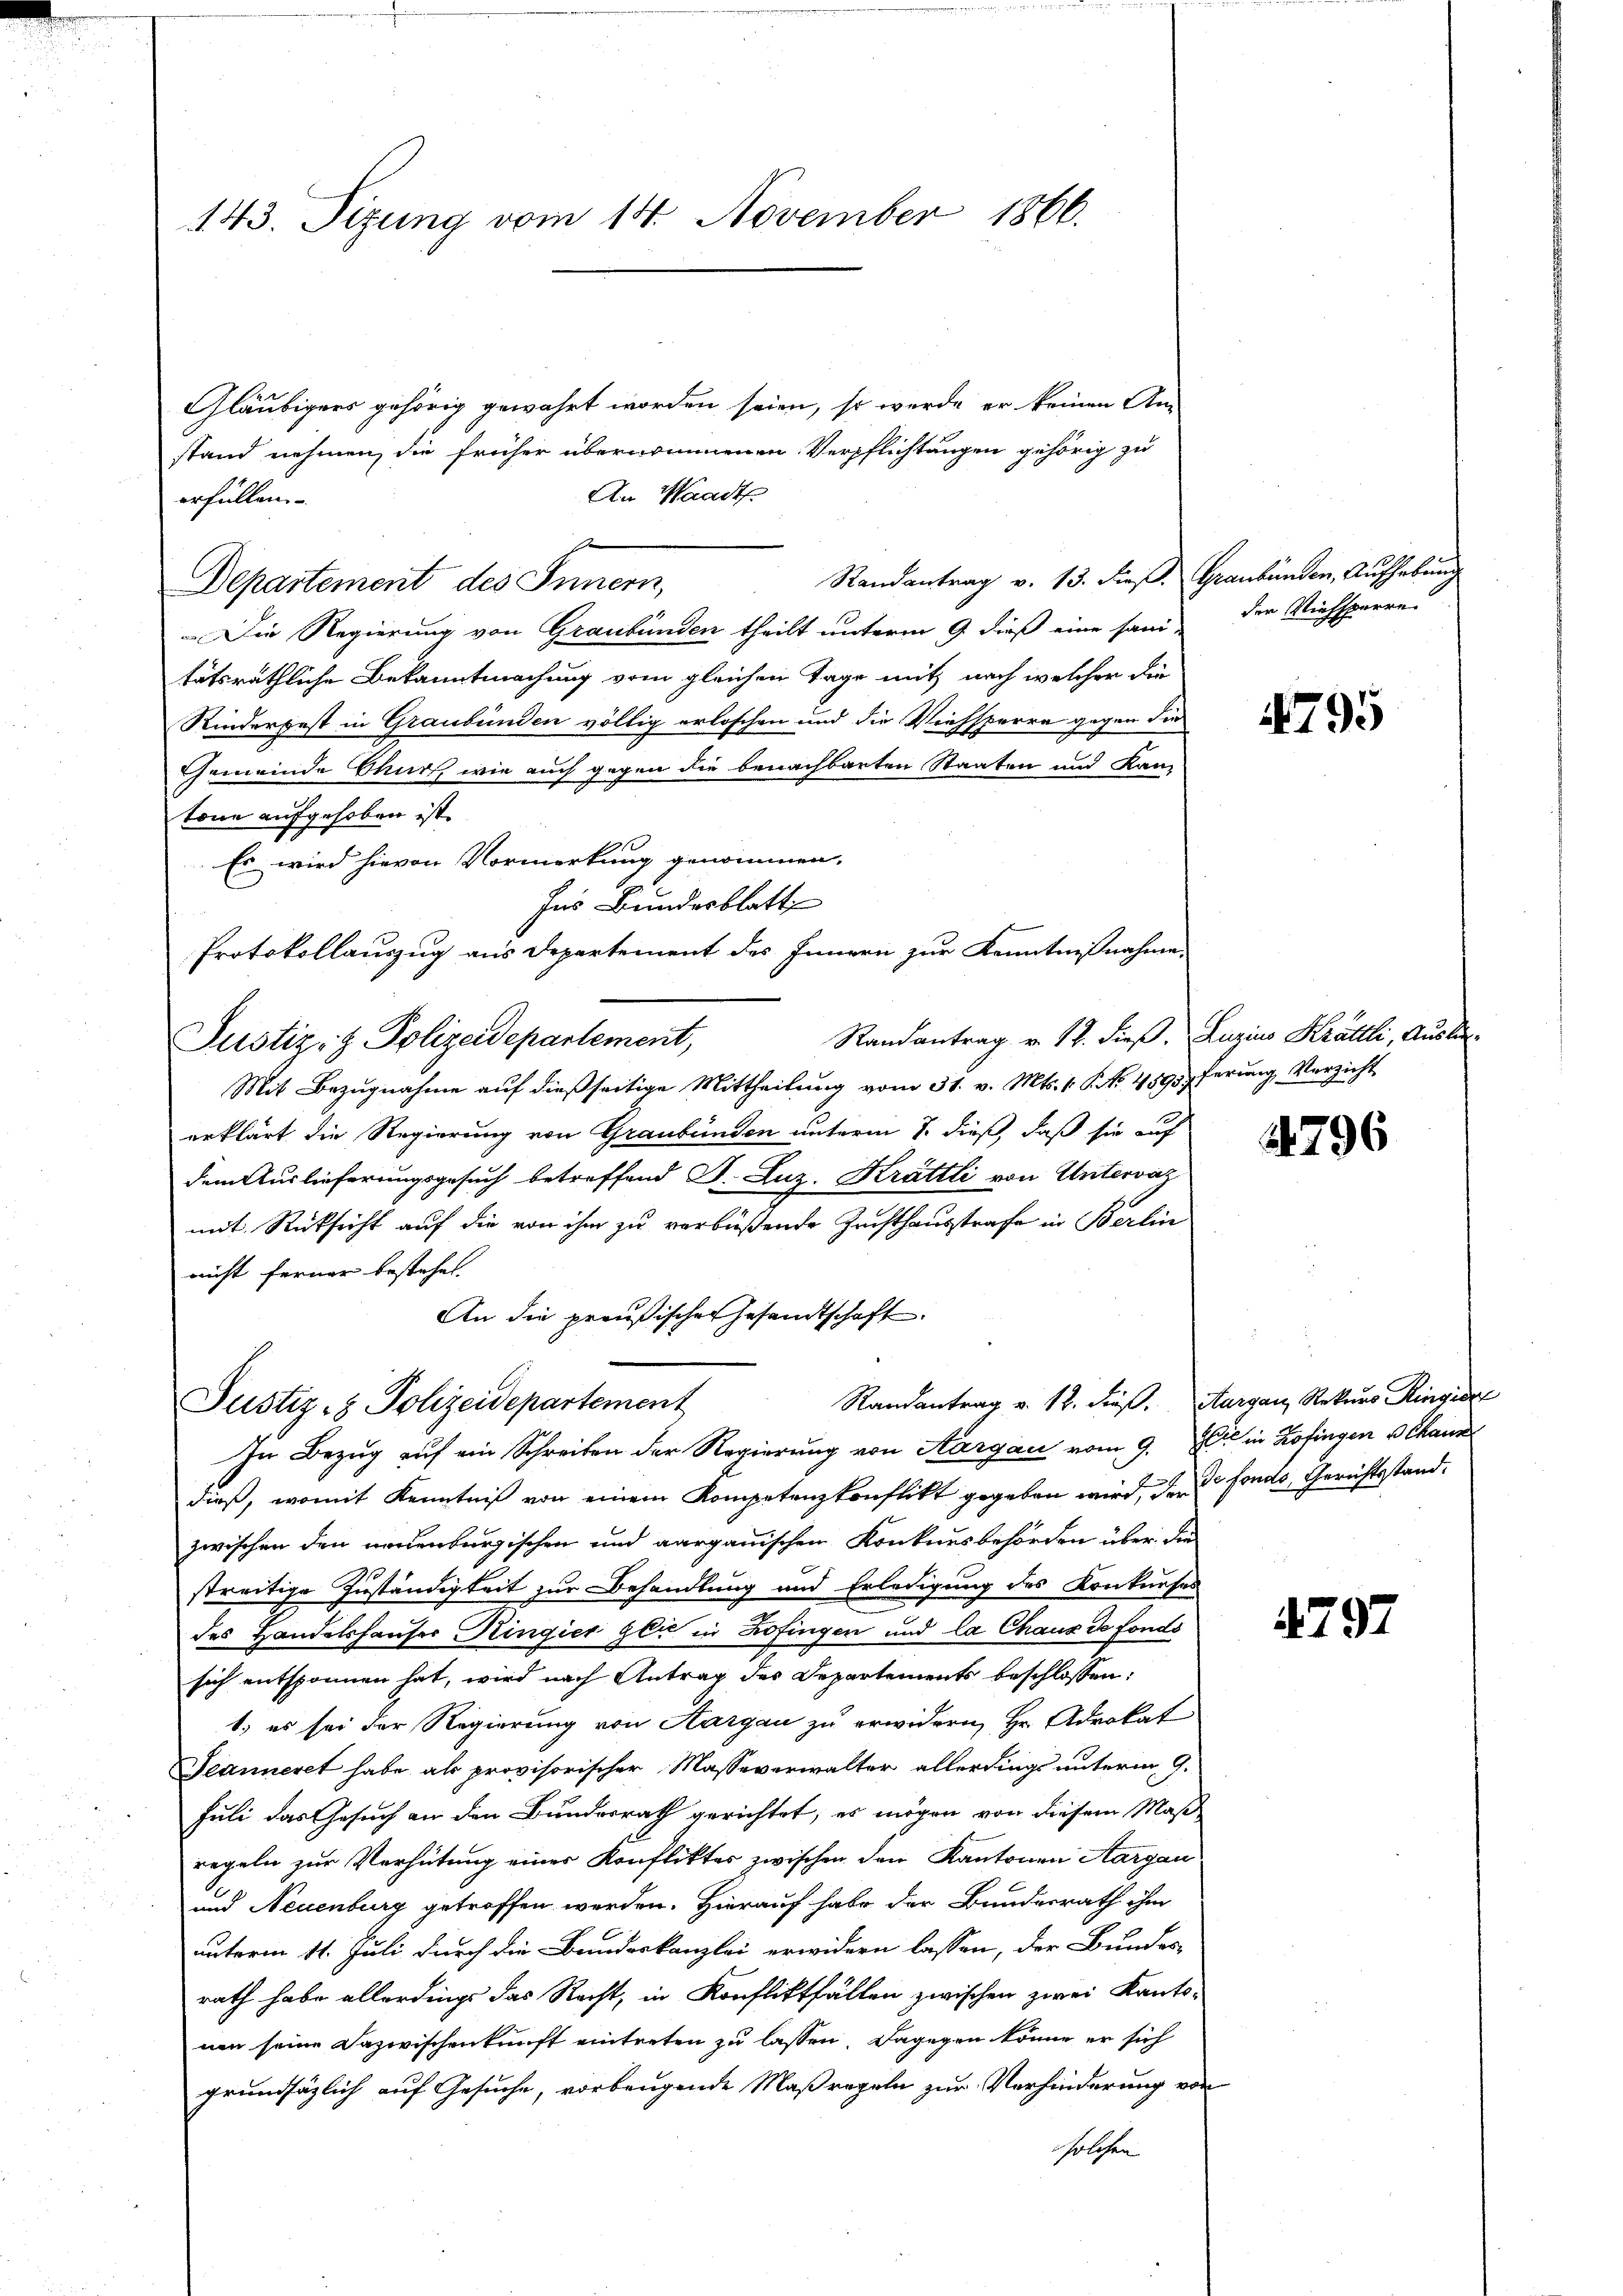
143. Sitzung vom 14. November 1866.

Gläubigers gehörig gewährt worden seien, so werde er keinen Anstand nehmen, die früher übernommenen Verpflichtungen gehörig zu
An Waadt
erfüllen.
Randantrag v. 13. dieß. Graubünden, Aufhebung
Departement des Innern,
Die Regierung von Graubünden theilt unterm 9. dieß eine sanitätsräthliche Bekanntmachung vom gleichen Tage mit nach welcher die
Rinderpest in Graubünden völlig erloschen und die Viehsperre gegen die
Gemeinde Sturz, wie auch gegen die benachbarten Staaten und Kantone aufgehoben ist.
Es wird hievon Vormerkung genommen.
Ins Bundesblatt
Protokollauszug aus Departement des Innern zur Kenntnißnahme.
Randantrag v. 17. dieß. Luzins Krättli, Auslie¬
Justiz- & Polizeidepartement,
Mit Bezugnahme auf dießseitige Mittheilung vom 31. v. Mts. 1 S. No. 489pferung Verzicht
erklärt die Regierung von Graubünden unterm 8. dieß, daß sie auf
dem Auslieferungsgesuch betreffend S. Luz. Krattli von Untervaz
mit Rücksicht auf die von ihm zu verbüßende Zuchthausstrafe in Berlin
nicht ferner bestehet.
An die preußischer Gesandtschaft

Randantrag v. 12. dieß. Aargau, Rekurs Ringier
Justiz- & Polizeidepartement
In Bezug auf ein Schreiben der Regierung von Aargau vom 9. Die in Zofingen Bekann

dieß, womit Kenntniß von einem Kompetenzkonflikt gegeben wird, den de fonds, Gerichtsstand.
zwischen den neuenburgischen und aargauischen Konkursbehörden über die
streitige Zuständigkeit zur Behandlung und Erledigung des Konkurses
des Handelshauser Ringier gli in Zofingen und la Chaux de fonds
sich entsponnen hat, wird nach Antrag des Departements beschlossen:
1.) es sei der Regierung von Aargau zu erwidern, Hr. Advokat
Jeanneret habe als provisorischer Masseverwalter allerdings unterm 9.
Juli das Gesuch an den Bundesrath gerichtet, es mögen von diesem Maß
regeln zur Verhütung einer Konflikter zwischen den Kantonen Aargau
und Neuenburg getroffen werden. Hierauf habe der Bundesrath ihm
unterm 11. Juli durch die Bundeskanzlei erwidern lassen, der Bundes-
rath habe allerdings das Recht, in Konfliktfällen zwischen zwei Kantonen seine Dazwischenkunft eintreten zu lassen. Dagegen könne er sich
grundsätzlich auf Gesuche, vorbeugende Maßregeln zur Verhinderung von
solchen

der Viehsperre

4795

21796

4797